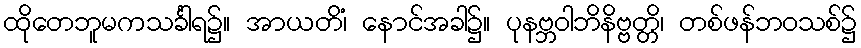
ထိုတေဘူမကသင်္ခါရ၌။ အာယတိံ၊ နောင်အခါ၌။ ပုနဗ္ဘဝါဘိနိဗ္ဗတ္တိ၊ တစ်ဖန်ဘဝသစ်၌